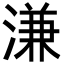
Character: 溓